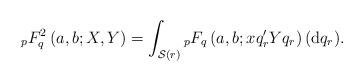
LaTeX: \begin{align*} {}_pF^2_{q}\left(a,b;X,Y\right)= \int_{\mathcal{S}(r)} {}_pF_{q}\left(a,b;x q_r'Y q_r\right) ({\rm d}q_r). \end{align*}